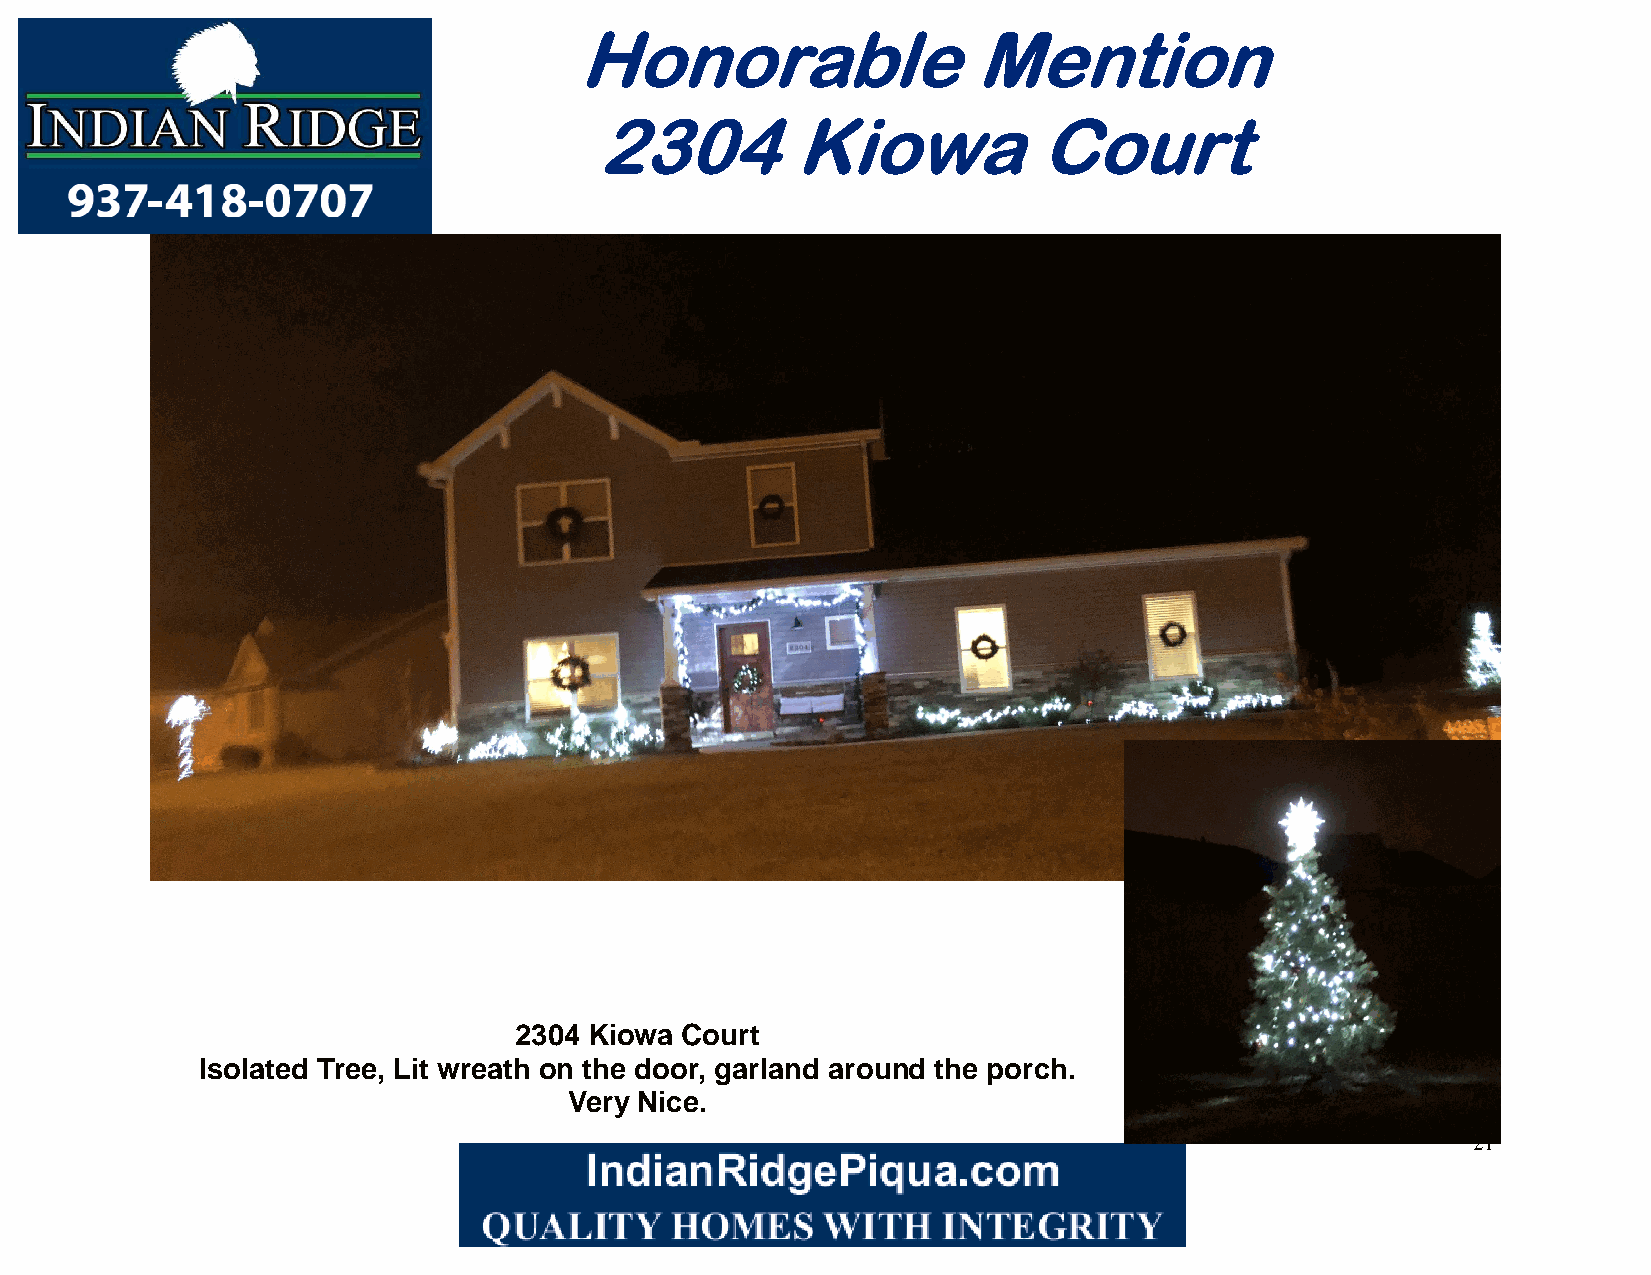
Honorable                 Mention
 2304         Kiowa            Court
 2304 Kiowa Court
 Isolated Tree, Lit wreath on the door, garland around the porch.
 Very Nice.
 21